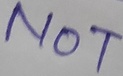
Text: NOT